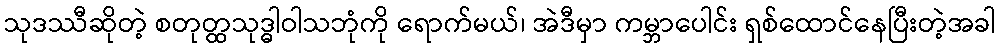
သုဒဿီဆိုတဲ့ စတုတ္ထသုဒ္ဓါဝါသဘုံကို ရောက်မယ်၊ အဲဒီမှာ ကမ္ဘာပေါင်း ရှစ်ထောင်နေပြီးတဲ့အခါ